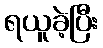
ရယူခဲ့ပြီး